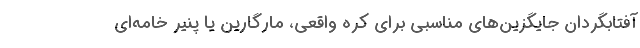
آفتابگردان جایگزین‌های مناسبی برای کره واقعی، مارگارین یا پنیر خامه‌ای